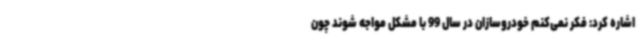
اشاره کرد: فکر نمی‌کنم خودروسازان در سال 99 با مشکل مواجه شوند چون